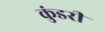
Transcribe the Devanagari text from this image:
कुंडरी